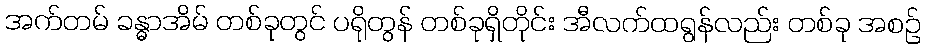
အက်တမ် ခန္ဓာအိမ် တစ်ခုတွင် ပရိုတွန် တစ်ခုရှိတိုင်း အီလက်ထရွန်လည်း တစ်ခု အစဉ်